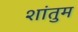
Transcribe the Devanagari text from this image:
शांतुम